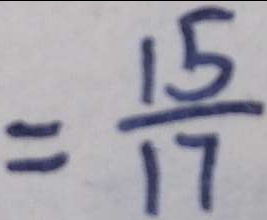
= \frac { 1 5 } { 1 7 }